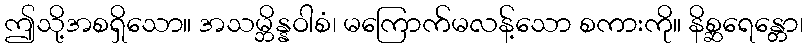
ဤသို့အစရှိသော။ အသမ္ဘိန္နဝါစံ၊ မကြောက်မလန့်သော စကားကို။ နိစ္ဆရေန္တော၊